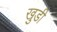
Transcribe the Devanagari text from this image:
खुडी